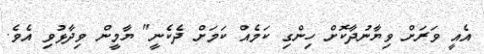
އެއީ ވަރަށް ވިޔާނުދާކޮށް ހިންގި ކަމެއް ކަމަށް ދެކެނީ" ޔާމީން ވިދާޅުވި އެވެ.